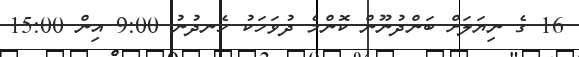
16 ގެ ނިޔަލަށް ބަންދުނޫން ކޮންމެ ދުވަހަކު ހެނދުނު 9:00 އިން 15:00